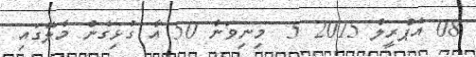
08 އެޕްރީލް 2015 5  މިނިވަން 50 އާ ގުޅިގެން މާލޭގައި